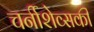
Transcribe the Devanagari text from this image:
चर्नीशेव्सकी